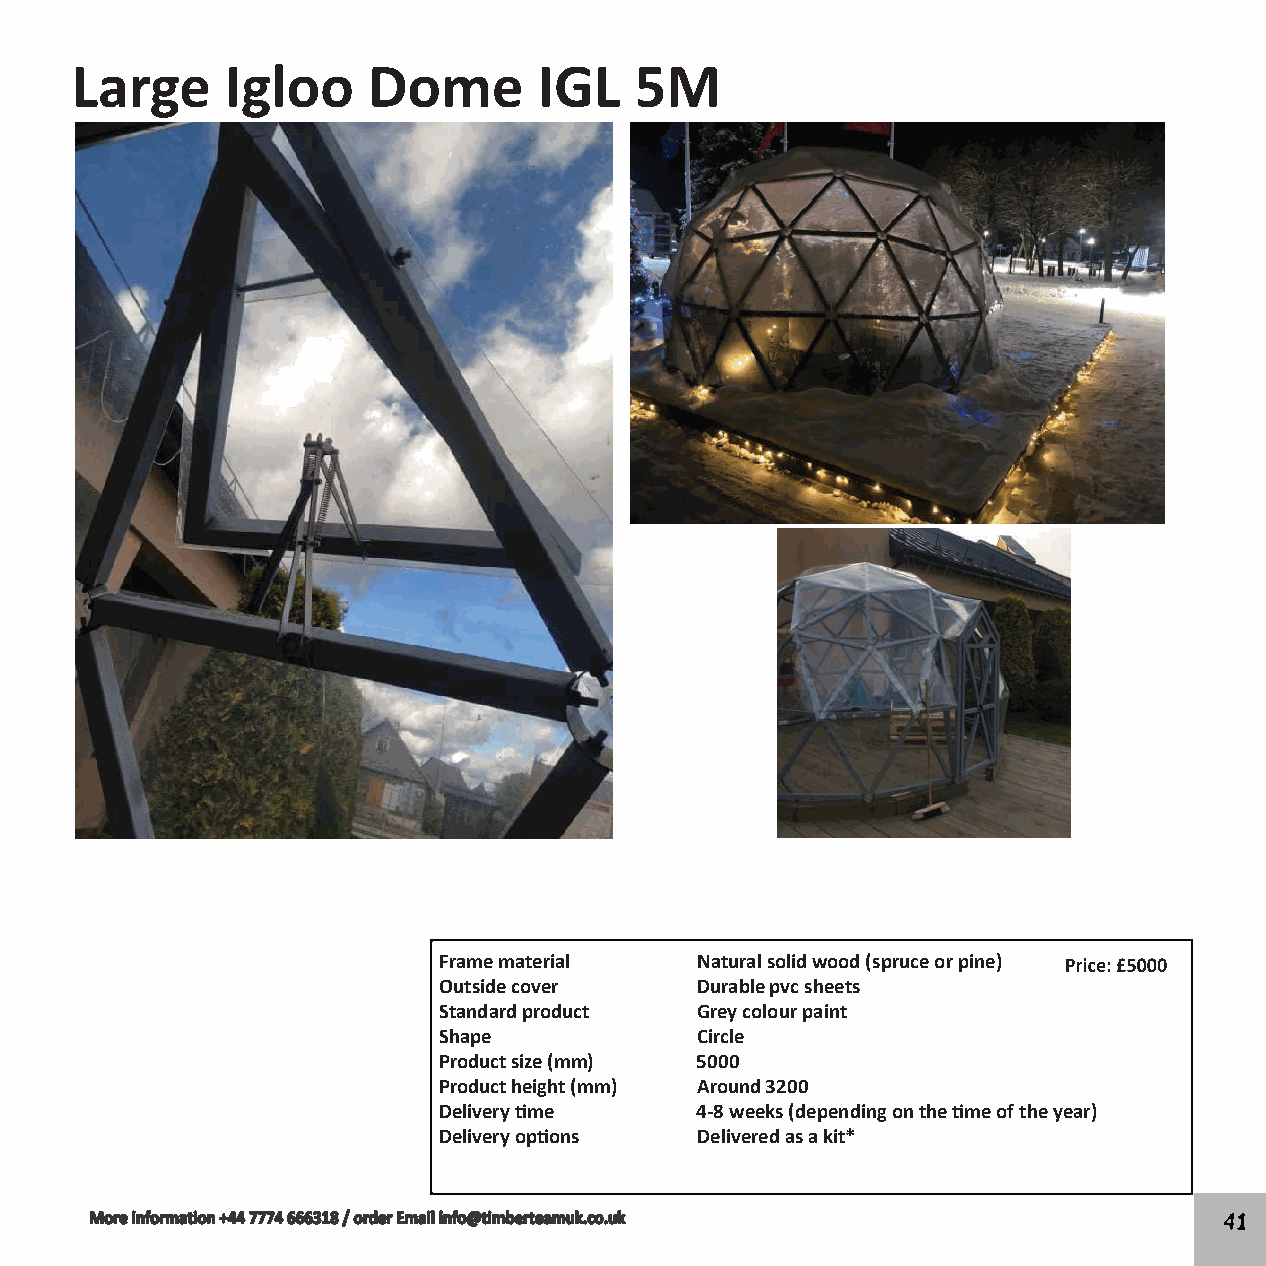
Large     Igloo    Dome        IGL   5M
 Frame material   Natural solid wood (spruce or pine)
 Outside cover    Durable pvc sheets
 Standard product Grey colour paint
 Shape            Circle
 Product size (mm) 5000
 Product height (mm) Around 3200
 Delivery �me     4-8 weeks (depending on the �me of the year)
 Delivery op�ons  Delivered as a kit*